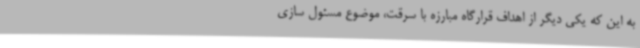
به این که یکی دیگر از اهداف قرارگاه مبارزه با سرقت، موضوع مسئول سازی